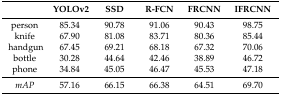
<table><thead><tr><td></td><td><b>YOLOv2</b></td><td><b>SSD</b></td><td><b>R-FCN</b></td><td><b>FRCNN</b></td><td><b>IFRCNN</b></td></tr></thead><tbody><tr><td>person</td><td>85.34</td><td>90.78</td><td>91.06</td><td>90.43</td><td>98.75</td></tr><tr><td>knife</td><td>67.90</td><td>81.08</td><td>83.71</td><td>80.36</td><td>85.44</td></tr><tr><td>handgun</td><td>67.45</td><td>69.21</td><td>68.18</td><td>67.32</td><td>70.06</td></tr><tr><td>bottle</td><td>30.28</td><td>44.64</td><td>42.46</td><td>38.89</td><td>46.72</td></tr><tr><td>phone</td><td>34.84</td><td>45.05</td><td>46.47</td><td>45.53</td><td>47.18</td></tr><tr><td><i>mAP</i></td><td>57.16</td><td>66.15</td><td>66.38</td><td>64.51</td><td>69.70</td></tr></tbody></table>